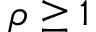
\rho \geq 1